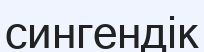
сингендік